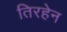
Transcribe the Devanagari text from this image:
तिरहेन